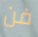
فن